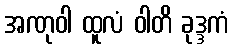
အဏုဝါ ထူလံ ဝါတိ ခုဒ္ဒကံ